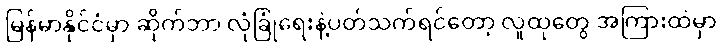
မြန်မာနိုင်ငံမှာ ဆိုက်ဘာ လုံခြုံရေးနဲ့ပတ်သက်ရင်တော့ လူထုတွေ အကြားထဲမှာ